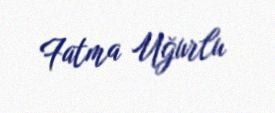
Fatma Uğurlu